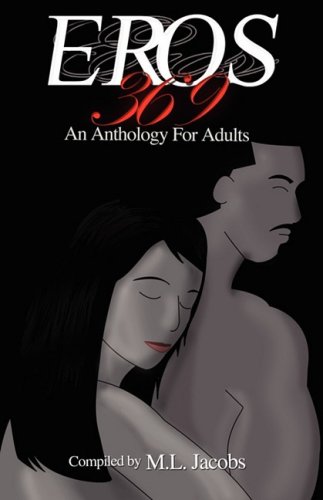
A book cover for EROS 369: An Anthology for Adults; Romance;